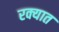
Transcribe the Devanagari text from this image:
रक्यात